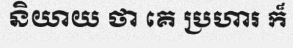
និយាយ ថា គេ ប្រហារ ក៏